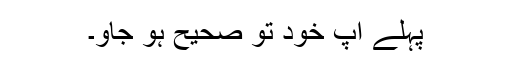
پہلے آپ خود تو صحیح ہو جاؤ۔